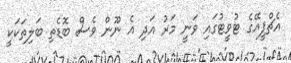
އެޗްޕީއޭގެ ޓުވީޓުގައި ވަނީ މަރު އަދި އެ ނޫން ވެސް ބޮޑެތި ބަލިތަކަކީ